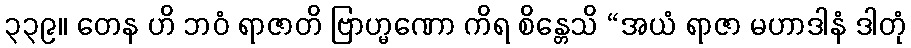
၃၃၉။ တေန ဟိ ဘဝံ ရာဇာတိ ဗြာဟ္မဏော ကိရ စိန္တေသိ “အယံ ရာဇာ မဟာဒါနံ ဒါတုံ